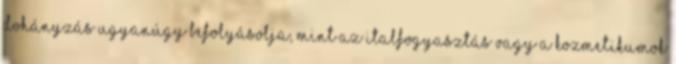
dohányzás ugyanúgy befolyásolja, mint az italfogyasztás vagy a kozmetikumok